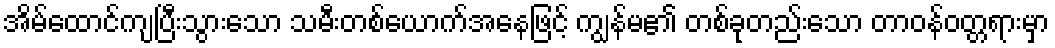
အိမ်ထောင်ကျပြီးသွားသော သမီးတစ်ယောက်အနေဖြင့် ကျွန်မ၏ တစ်ခုတည်းသော တာဝန်ဝတ္တရားမှာ